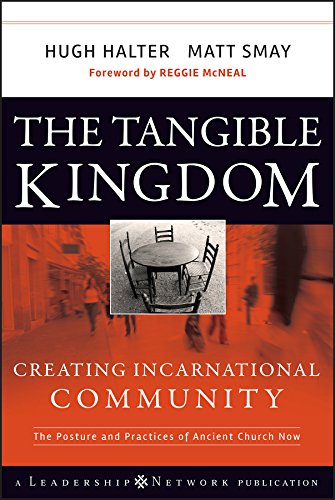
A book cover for The Tangible Kingdom: Creating Incarnational Community; Hugh Halter; Christian Books & Bibles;